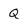
Character: Q